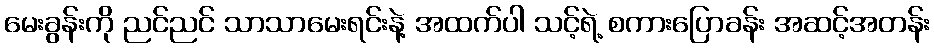
မေးခွန်းကို ညင်ညင် သာသာမေးရင်းနဲ့ အထက်ပါ သင့်ရဲ့ စကားပြောခန်း အဆင့်အတန်း